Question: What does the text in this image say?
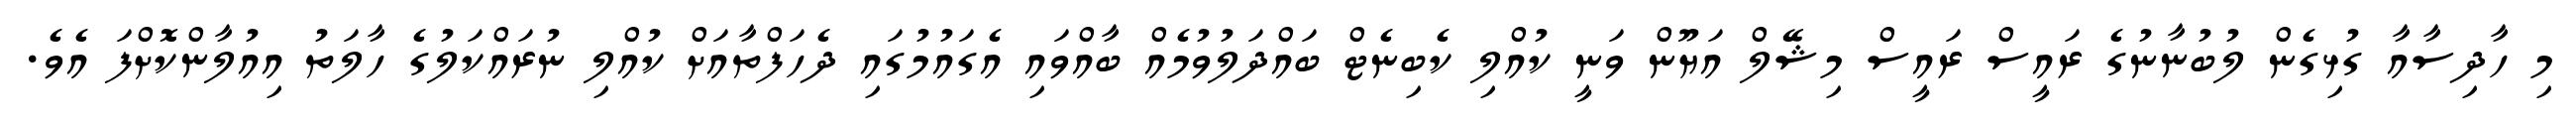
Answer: މި ހާދިސާއާ ގުޅިގެން ލުބުނާނުގެ ރައީސް ރައީސް މިޝޭލް އަޔޫން ވަނީ ކުއްލި ކެބިނެޓް ބައްދަލުވުމެއް ބާއްވައި އެގައުމުގައި ދެހަފްތާއަށް ކުއްލި ނުރައްކަލުގެ ހާލަތު އިއުލާންކޮށްފަ އެވެ.